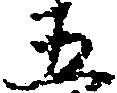
五